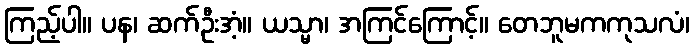
ကြည့်ပါ။ ပန၊ ဆက်ဦးအံ့။ ယသ္မာ၊ အကြင်ကြောင့်။ တေဘူမကကုသလံ၊